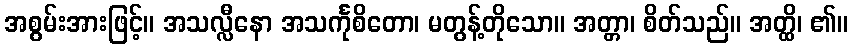
အစွမ်းအားဖြင့်။ အသလ္လီနော အသင်္ကုစိတော၊ မတွန့်တိုသော။ အတ္တာ၊ စိတ်သည်။ အတ္ထိ၊ ၏။